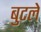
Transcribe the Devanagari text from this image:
बुटले